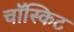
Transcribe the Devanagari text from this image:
चॉस्किट